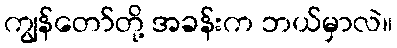
ကျွန်တော်တို့ အခန်းက ဘယ်မှာလဲ။